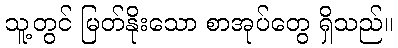
သူ့တွင် မြတ်နိုးသော စာအုပ်တွေ ရှိသည်။